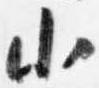
小